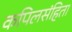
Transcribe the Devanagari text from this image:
कपिलसंहिता